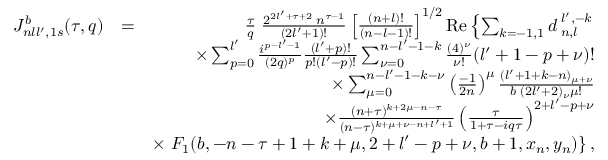
\begin{array} { r l r } { { \cal J } _ { n l l ^ { \prime } , 1 s } ^ { b } ( \tau , q ) } & { = } & { \frac { \tau } { q } \; \frac { 2 ^ { 2 l ^ { \prime } + \tau + 2 } \; n ^ { \tau - 1 } } { ( 2 l ^ { \prime } + 1 ) ! } \left[ \frac { ( n + l ) ! } { ( n - l - 1 ) ! } \right] ^ { 1 / 2 } \mathrm { R e } \left\{ \sum _ { k = - 1 , 1 } d _ { \; n , l } ^ { \; l ^ { \prime } , - k } \right. } \\ & { } & { \times \sum _ { p = 0 } ^ { l ^ { \prime } } \frac { i ^ { p - l ^ { \prime } - 1 } } { ( 2 q ) ^ { p } } \frac { ( l ^ { \prime } + p ) ! } { p ! ( l ^ { \prime } - p ) ! } \sum _ { \nu = 0 } ^ { n - l ^ { \prime } - 1 - k } \frac { ( 4 ) ^ { \nu } } { \nu ! } ( l ^ { \prime } + 1 - p + \nu ) ! } \\ & { } & { \times \sum _ { \mu = 0 } ^ { n - l ^ { \prime } - 1 - k - \nu } \left( \frac { - 1 } { 2 n } \right) ^ { \mu } \frac { ( l ^ { \prime } + 1 + k - n ) _ { \mu + \nu } } { b \; ( 2 l ^ { \prime } + 2 ) _ { \nu } \mu ! } } \\ & { } & { \times \frac { ( n + \tau ) ^ { k + 2 \mu - n - \tau } } { ( n - \tau ) ^ { k + \mu + \nu - n + l ^ { \prime } + 1 } } \left( \frac { \tau } { 1 + \tau - i q \tau } \right) ^ { 2 + l ^ { \prime } - p + \nu } } \\ & { } & { \times \left. F _ { 1 } ( b , - n - \tau + 1 + k + \mu , 2 + l ^ { \prime } - p + \nu , b + 1 , x _ { n } , y _ { n } ) \right\} , } \end{array}